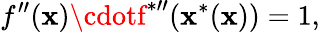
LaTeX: f^{\prime\prime}(\mathbf{x})\cdotf^{{*}\prime\prime}(\mathbf{x}^{*}(\mathbf{x}))=1,